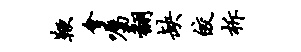
鞭会嘱翻缺皎柝